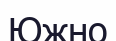
Южно